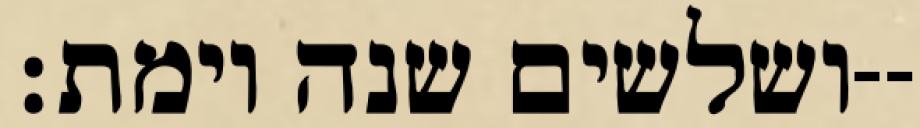
ושלשים שנה וימת׃--